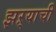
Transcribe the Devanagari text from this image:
झऱ्याची